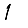
Digit: 1